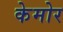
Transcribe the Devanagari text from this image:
केमोर